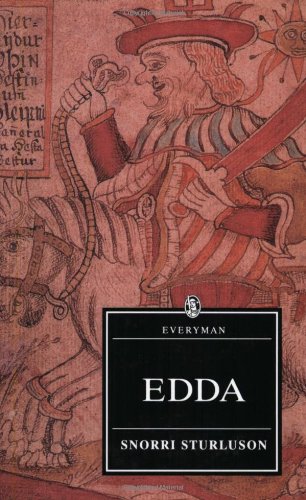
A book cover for Edda (Everyman's Library); Snorri Sturluson; Literature & Fiction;